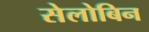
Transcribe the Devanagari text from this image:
सेलोबिन